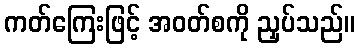
ကတ်ကြေးဖြင့် အဝတ်စကို ညှပ်သည်။